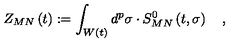
Z _ { M N } \left( t \right) : = \int _ { W \left( t \right) } d ^ { p } \sigma \cdot S _ { M N } ^ { 0 } \left( t , \sigma \right) \quad ,